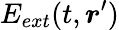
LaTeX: E_{ext}(t,\boldsymbol{r}^{\prime})